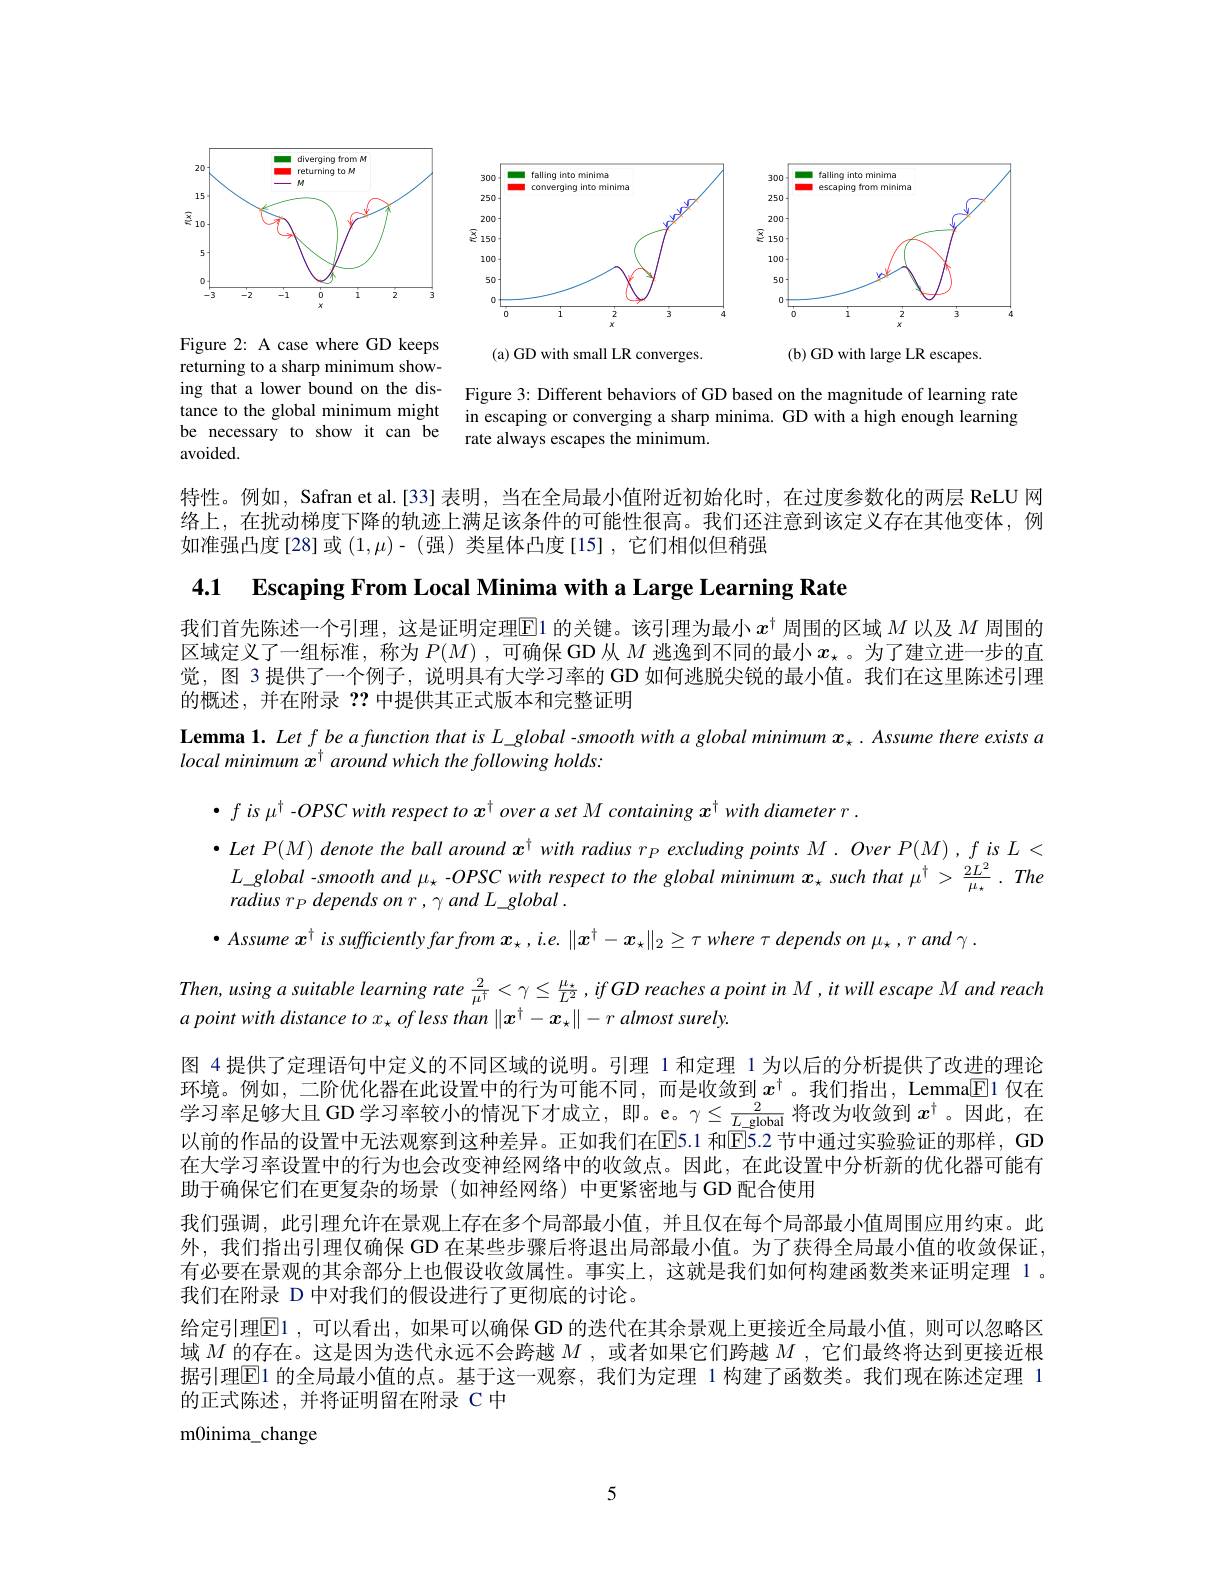
<FigureHere>

returning to a sharp minimum showing that a lower bound on the distance to the global minimum might be necessary to show it can be ${\mathrm{avoided.}}$

Figure 3: Different behaviors of GD based on the magnitude of learning rate in escaping or converging a sharp minima. GD with a high enough learning rate always escapes the minimum.

特性。例如，Safran et al.[33] 表明，当在全局最小值附近初始化时，在过度参数化的两层 ReLU 网络上，在扰动梯度下降的轨迹上满足该条件的可能性很高。我们还注意到该定义存在其他变体，例如准强凸度[28]或(1,$\mu)-(强)类星体凸度[15],它们相似但稍强$

4.1 Escaping From Local Minima with a Large Learning Rate

我们首先陈述一个引理，这是证明定理$\boxed{\mathrm{E}}$1 的关键。该引理为最小$x^{\dagger}$周围的区域$M$以及$M$周围的区域定义了一组标准，称为$P(M)$ ,可确保 GD 从$M$逃逸到不同的最小$x_\star$。为了建立进一步的直觉，图 3 提供了一个例子，说明具有大学习率的 GD 如何逃脱尖锐的最小值。我们在这里陈述引理的概述，并在附录？?中提供其正式版本和完整证明
Lemma 1. Let f be a function that is $L\_global$ -smooth with a global minimum $x_\star.$ Assume there exists a
local minimum $x^\dagger$ around which the following holds:

$\bullet fis\mu^{\dagger}-OPSCwith$ respect to $x^\dagger$ over a set M containing $x^\dagger with$ diameter r.
$\bullet LetP(M)$ denote the ball around $x^\dagger with$ radius $r_P\textit{excluding points }M. OverP( M) , fisL<$ $L\_ global\_ smoothand\mu _{\star }\_ OPSC$ with respect $to$ the global minimum $x_{\star }$ such that $\mu ^{\dagger }> \frac {2L^{2}}{\mu _{\star }}$ $. The$ $radius~r_{P}~depends~on~r~,~\gamma~and~L\_global~.$
$\bullet$ Assume $x^\dagger$ is sufficiently farfrom $x_\star,i.e.\|x^\dagger-x_\star\|_2\geq\tau$ where $\tau$ depends on $\mu_\star,r$ and $\gamma.$
Then, using a suitable learning rate $\frac2{\mu^\dagger}<\gamma\leq\frac\mu{L^2},ifGD$ reaches a point in M,it will escape M and reach
$a$ point with distance to x x of less than $\|x^\dagger-x_\star\|-r$ almost surely.
图 4 提供了定理语句中定义的不同区域的说明。引理 1 和定理 1 为以后的分析提供了改进的理论环境。例如，二阶优化器在此设置中的行为可能不同，而是收敛到$x^\dagger$。我们指出，Lemma$\boxed{\mathrm{E}}$1 仅在学习率足够大且 GD 学习率较小的情况下才成立，即。e。$\gamma\leq\frac2{L_{-}\text{global}}$将改为收敛到$x^\dagger$。因此，在以前的作品的设置中无法观察到这种差异。正如我们在E$5. 1 和 E5. 2 $节中通过实验验证的那样，GD 在大学习率设置中的行为也会改变神经网络中的收敛点。因此，在此设置中分析新的优化器可能有助于确保它们在更复杂的场景(如神经网络)中更紧密地与GD 配合使用
我们强调，此引理允许在景观上存在多个局部最小值，并且仅在每个局部最小值周围应用约束。此外，我们指出引理仅确保 GD 在某些步骤后将退出局部最小值。为了获得全局最小值的收敛保证， 有必要在景观的其余部分上也假设收敛属性。事实上，这就是我们如何构建函数类来证明定理 1 。我们在附录 D 中对我们的假设进行了更彻底的讨论。
给定引理$\operatorname{El}$ ,可以看出 ,如果可以确保 GD 的迭代在其余景观上更接近全局最小值，则可以忽略区域$M$的存在。这是因为迭代永远不会跨越$M$ ,或者如果它们跨越$M$ ,它们最终将达到更接近根据引理El1 的全局最小值的点。基于这一观察，我们为定理 1 构建了函数类。我们现在陈述定理 1的正式陈述，并将证明留在附录 C 中
m0inima\_change

5